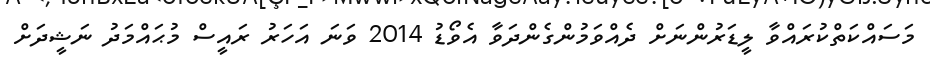
މަސައްކަތްކުރައްވާ ލީޑަރުންނަށް ދެއްވަމުންގެންދަވާ އެވޯޑު 2014 ވަނަ އަހަރު ރައީސް މުޙައްމަދު ނަޝީދަށް